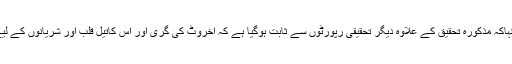
ڈاکٹر شیلا نے کہاکہ مذکورہ تحقیق کے علاوہ دیگر تحقیقی رپورٹوں سے ثابت ہوگیا ہے کہ اخروٹ کی گری اور اس کاتیل قلب اور شریانوں کے لیے بہت مفید ہے۔